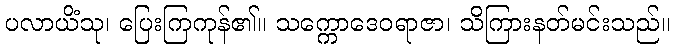
ပလာယိံသု၊ ပြေးကြကုန်၏။ သက္ကောဒေဝရာဇာ၊ သိကြားနတ်မင်းသည်။